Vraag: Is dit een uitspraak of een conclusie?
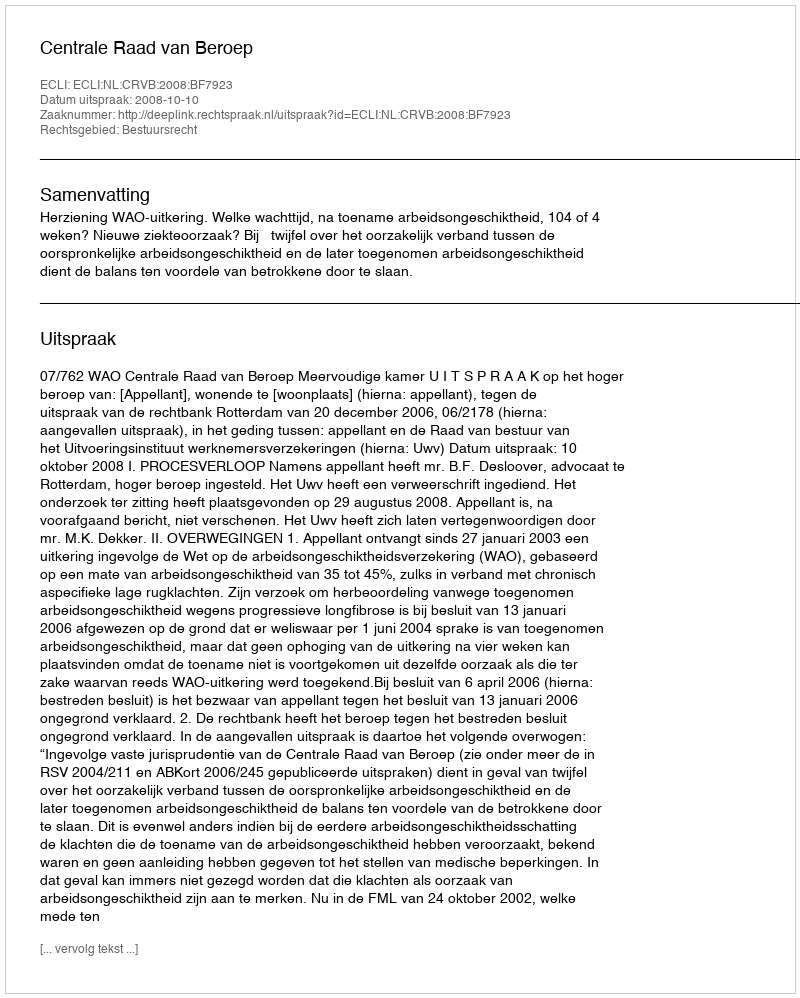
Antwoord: Uitspraak